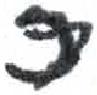
אות: כ